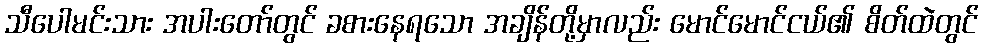
သီပေါမင်းသား အပါးတော်တွင် ခစားနေရသော အချိန်တို့မှာလည်း မောင်မောင်ငယ်၏ စိတ်ထဲတွင်